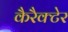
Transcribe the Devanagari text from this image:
कैरैक्टेर